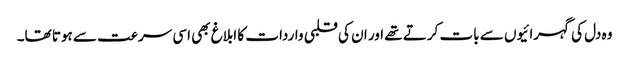
وہ دل کی گہرائیوں سے بات کرتے تھے اور ان کی قلبی واردات کا ابلاغ بھی اسی سرعت سے ہوتا تھا۔